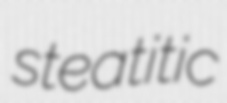
steatitic